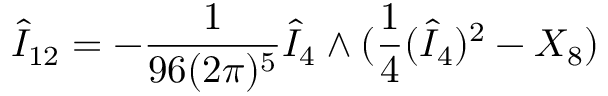
\hat { I } _ { 1 2 } = - \frac { 1 } { 9 6 ( 2 \pi ) ^ { 5 } } \hat { I } _ { 4 } \wedge ( \frac { 1 } { 4 } ( \hat { I } _ { 4 } ) ^ { 2 } - X _ { 8 } )